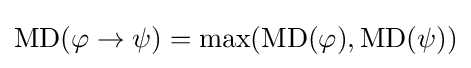
\operatorname {MD} (\varphi \rightarrow \psi )=\max(\operatorname {MD} (\varphi ),\operatorname {MD} (\psi ))